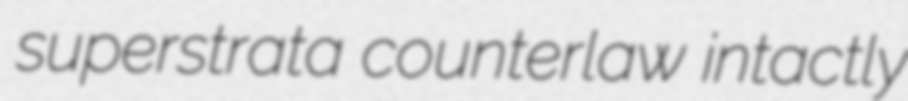
superstrata counterlaw intactly